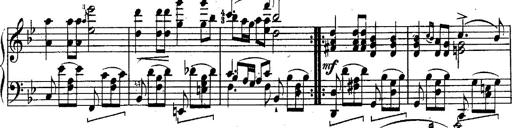
Title: Schubert's Impromptus [revised and edited by Franz Liszt]
Composer: Franz Liszt